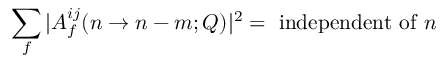
\sum _ { f } | A _ { f } ^ { i j } ( n \to n - m ; Q ) | ^ { 2 } = \mathrm { ~ i n d e p e n d e n t ~ o f ~ } n